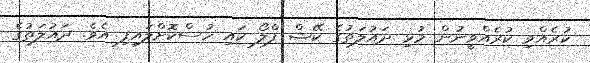
ކުރެއްވި ކުރެއްވީނުން މުޅި ދައުލަތުގެ ކޭޝް ފްލޯ ކައި ހުސްކޮށްލައިފި އެވެ. ދައުލަތުގެ